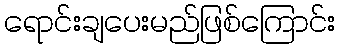
ရောင်းချပေးမည်ဖြစ်ကြောင်း